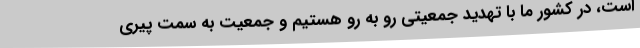
است، در کشور ما با تهدید جمعیتی رو به رو هستیم و جمعیت به سمت پیری